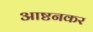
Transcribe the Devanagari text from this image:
आष्टनकर